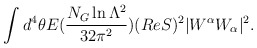
\begin{align*}\int d^4\theta E (\frac{N_G \ln \Lambda ^2}{32 \pi^2}) (Re S) ^2 |W^{\alpha}W_{\alpha}|^2 .\end{align*}